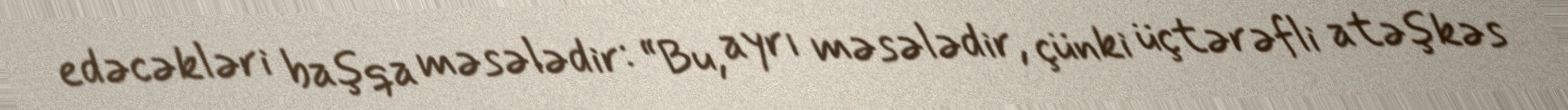
edəcəkləri başqa məsələdir: “Bu, ayrı məsələdir, çünki üçtərəfli atəşkəs